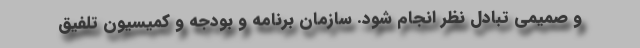
و صمیمی تبادل نظر انجام شود. سازمان برنامه و بودجه و کمیسیون تلفیق